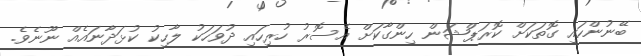
ބޭނުންހައި ގޮތަކަށް ކޮރަޕްޝަން ހިންގާކަށް އެސޮރު ހުރިހައި ދުވަހަކު ލާހިކު ކުޅަދާނައެއް ނޫނެވެ.